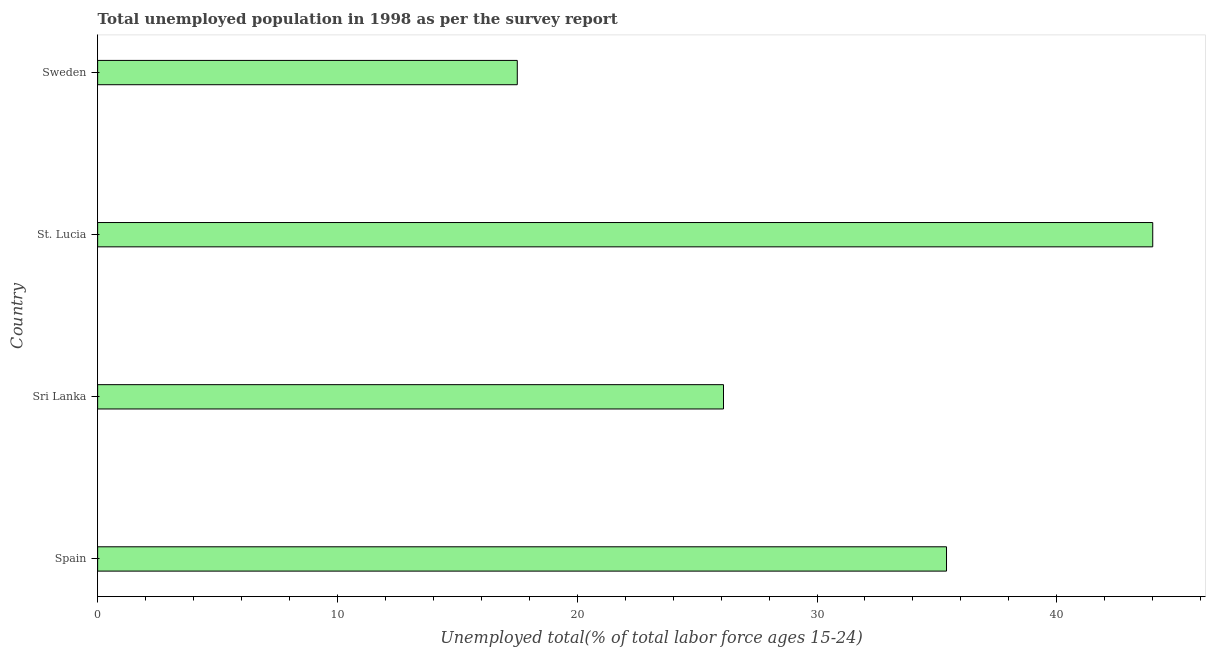
| Country | Unemployment youth total |
 | --- | --- |
 | Spain | 35.4 |
 | Sri Lanka | 26.1 |
 | St. Lucia | 44 |
 | Sweden | 17.5 |